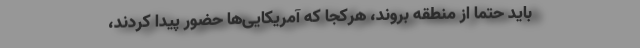
باید حتماً از منطقه بروند، هرکجا که آمریکایی‌ها حضور پیدا کردند،